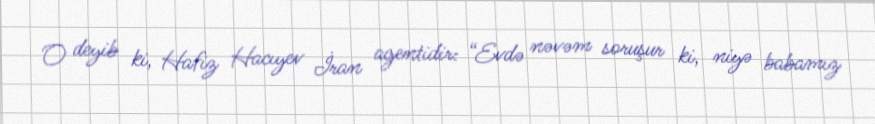
O deyib ki, Hafiz Hacıyev İran agentidir: “Evdə nəvəm soruşur ki, niyə babamız